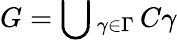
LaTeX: G=\bigcup{}_{\gamma\in\Gamma}\, C\gamma